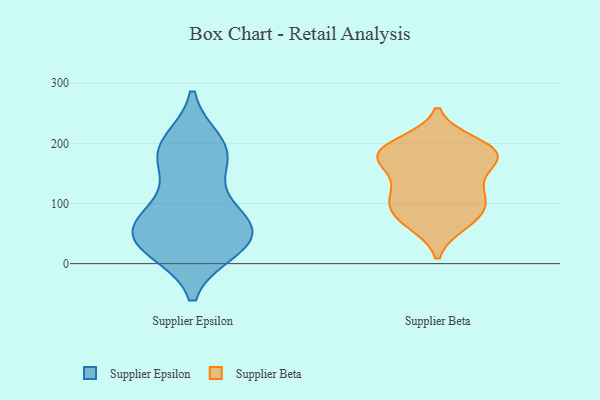
{"axis": {"x": "Waste Production (Tons)", "y": "Value"}, "legend": ["Supplier Beta", "Supplier Epsilon"], "data": [{"x": "", "y": 64, "type": "Supplier Epsilon"}, {"x": "", "y": 93, "type": "Supplier Epsilon"}, {"x": "", "y": 26, "type": "Supplier Epsilon"}, {"x": "", "y": 44, "type": "Supplier Epsilon"}, {"x": "", "y": 36, "type": "Supplier Epsilon"}, {"x": "", "y": 199, "type": "Supplier Epsilon"}, {"x": "", "y": 82, "type": "Supplier Epsilon"}, {"x": "", "y": 41, "type": "Supplier Epsilon"}, {"x": "", "y": 185, "type": "Supplier Epsilon"}, {"x": "", "y": 179, "type": "Supplier Epsilon"}, {"x": "", "y": 177, "type": "Supplier Epsilon"}, {"x": "", "y": 42, "type": "Supplier Epsilon"}, {"x": "", "y": 181, "type": "Supplier Beta"}, {"x": "", "y": 68, "type": "Supplier Beta"}, {"x": "", "y": 183, "type": "Supplier Beta"}, {"x": "", "y": 185, "type": "Supplier Beta"}, {"x": "", "y": 77, "type": "Supplier Beta"}, {"x": "", "y": 199, "type": "Supplier Beta"}, {"x": "", "y": 121, "type": "Supplier Beta"}, {"x": "", "y": 79, "type": "Supplier Beta"}, {"x": "", "y": 123, "type": "Supplier Beta"}, {"x": "", "y": 114, "type": "Supplier Beta"}, {"x": "", "y": 96, "type": "Supplier Beta"}, {"x": "", "y": 173, "type": "Supplier Beta"}, {"x": "", "y": 186, "type": "Supplier Beta"}, {"x": "", "y": 170, "type": "Supplier Beta"}]}